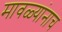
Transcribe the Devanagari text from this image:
मावळ्यांनाच